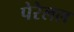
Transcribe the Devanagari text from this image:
पेरेलल